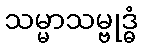
သမ္မာသမ္ဗုဒ္ဓံ